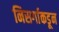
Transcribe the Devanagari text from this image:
निसर्गाकडून